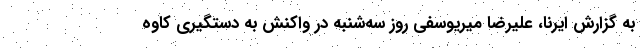
به گزارش ایرنا، علیرضا میریوسفی روز سه‌شنبه در واکنش به دستگیری کاوه